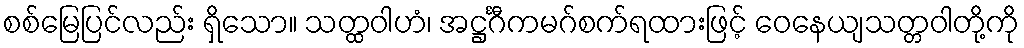
စစ်မြေပြင်လည်း ရှိသော။ သတ္ထဝါဟံ၊ အဋ္ဌင်္ဂီကမဂ်စက်ရထားဖြင့် ဝေနေယျသတ္တဝါတို့ကို